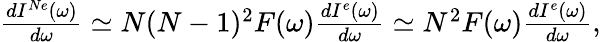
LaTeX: \begin{array}{r}{\frac{dI^{Ne}(\omega)}{d\omega}\simeq N(N-1)^{2}F(\omega)\frac{dI^{e}(\omega)}{d\omega}\simeq N^{2}F(\omega)\frac{dI^{e}(\omega)}{d\omega},}\end{array}